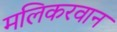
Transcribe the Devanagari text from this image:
मलिकरवान